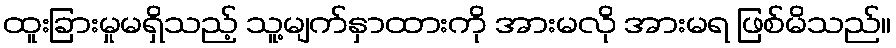
ထူးခြားမှုမရှိသည့် သူ့မျက်နှာထားကို အားမလို အားမရ ဖြစ်မိသည်။